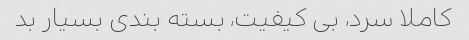
کاملا سرد، بی کیفیت، بسته بندی بسیار بد